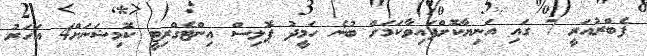
ފެބްރުއަރީ 7 ގައި އަނިޔާކޮށްފައިވާކަމަށް ބުނެ ހަމީދު ޕޮލިސް އިންޓެގްރިޓީ ކޮމިޝަނަށް4 އަހަރު